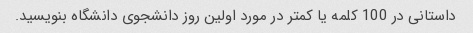
داستانی در 100 کلمه یا کمتر در مورد اولین روز دانشجوی دانشگاه بنویسید.